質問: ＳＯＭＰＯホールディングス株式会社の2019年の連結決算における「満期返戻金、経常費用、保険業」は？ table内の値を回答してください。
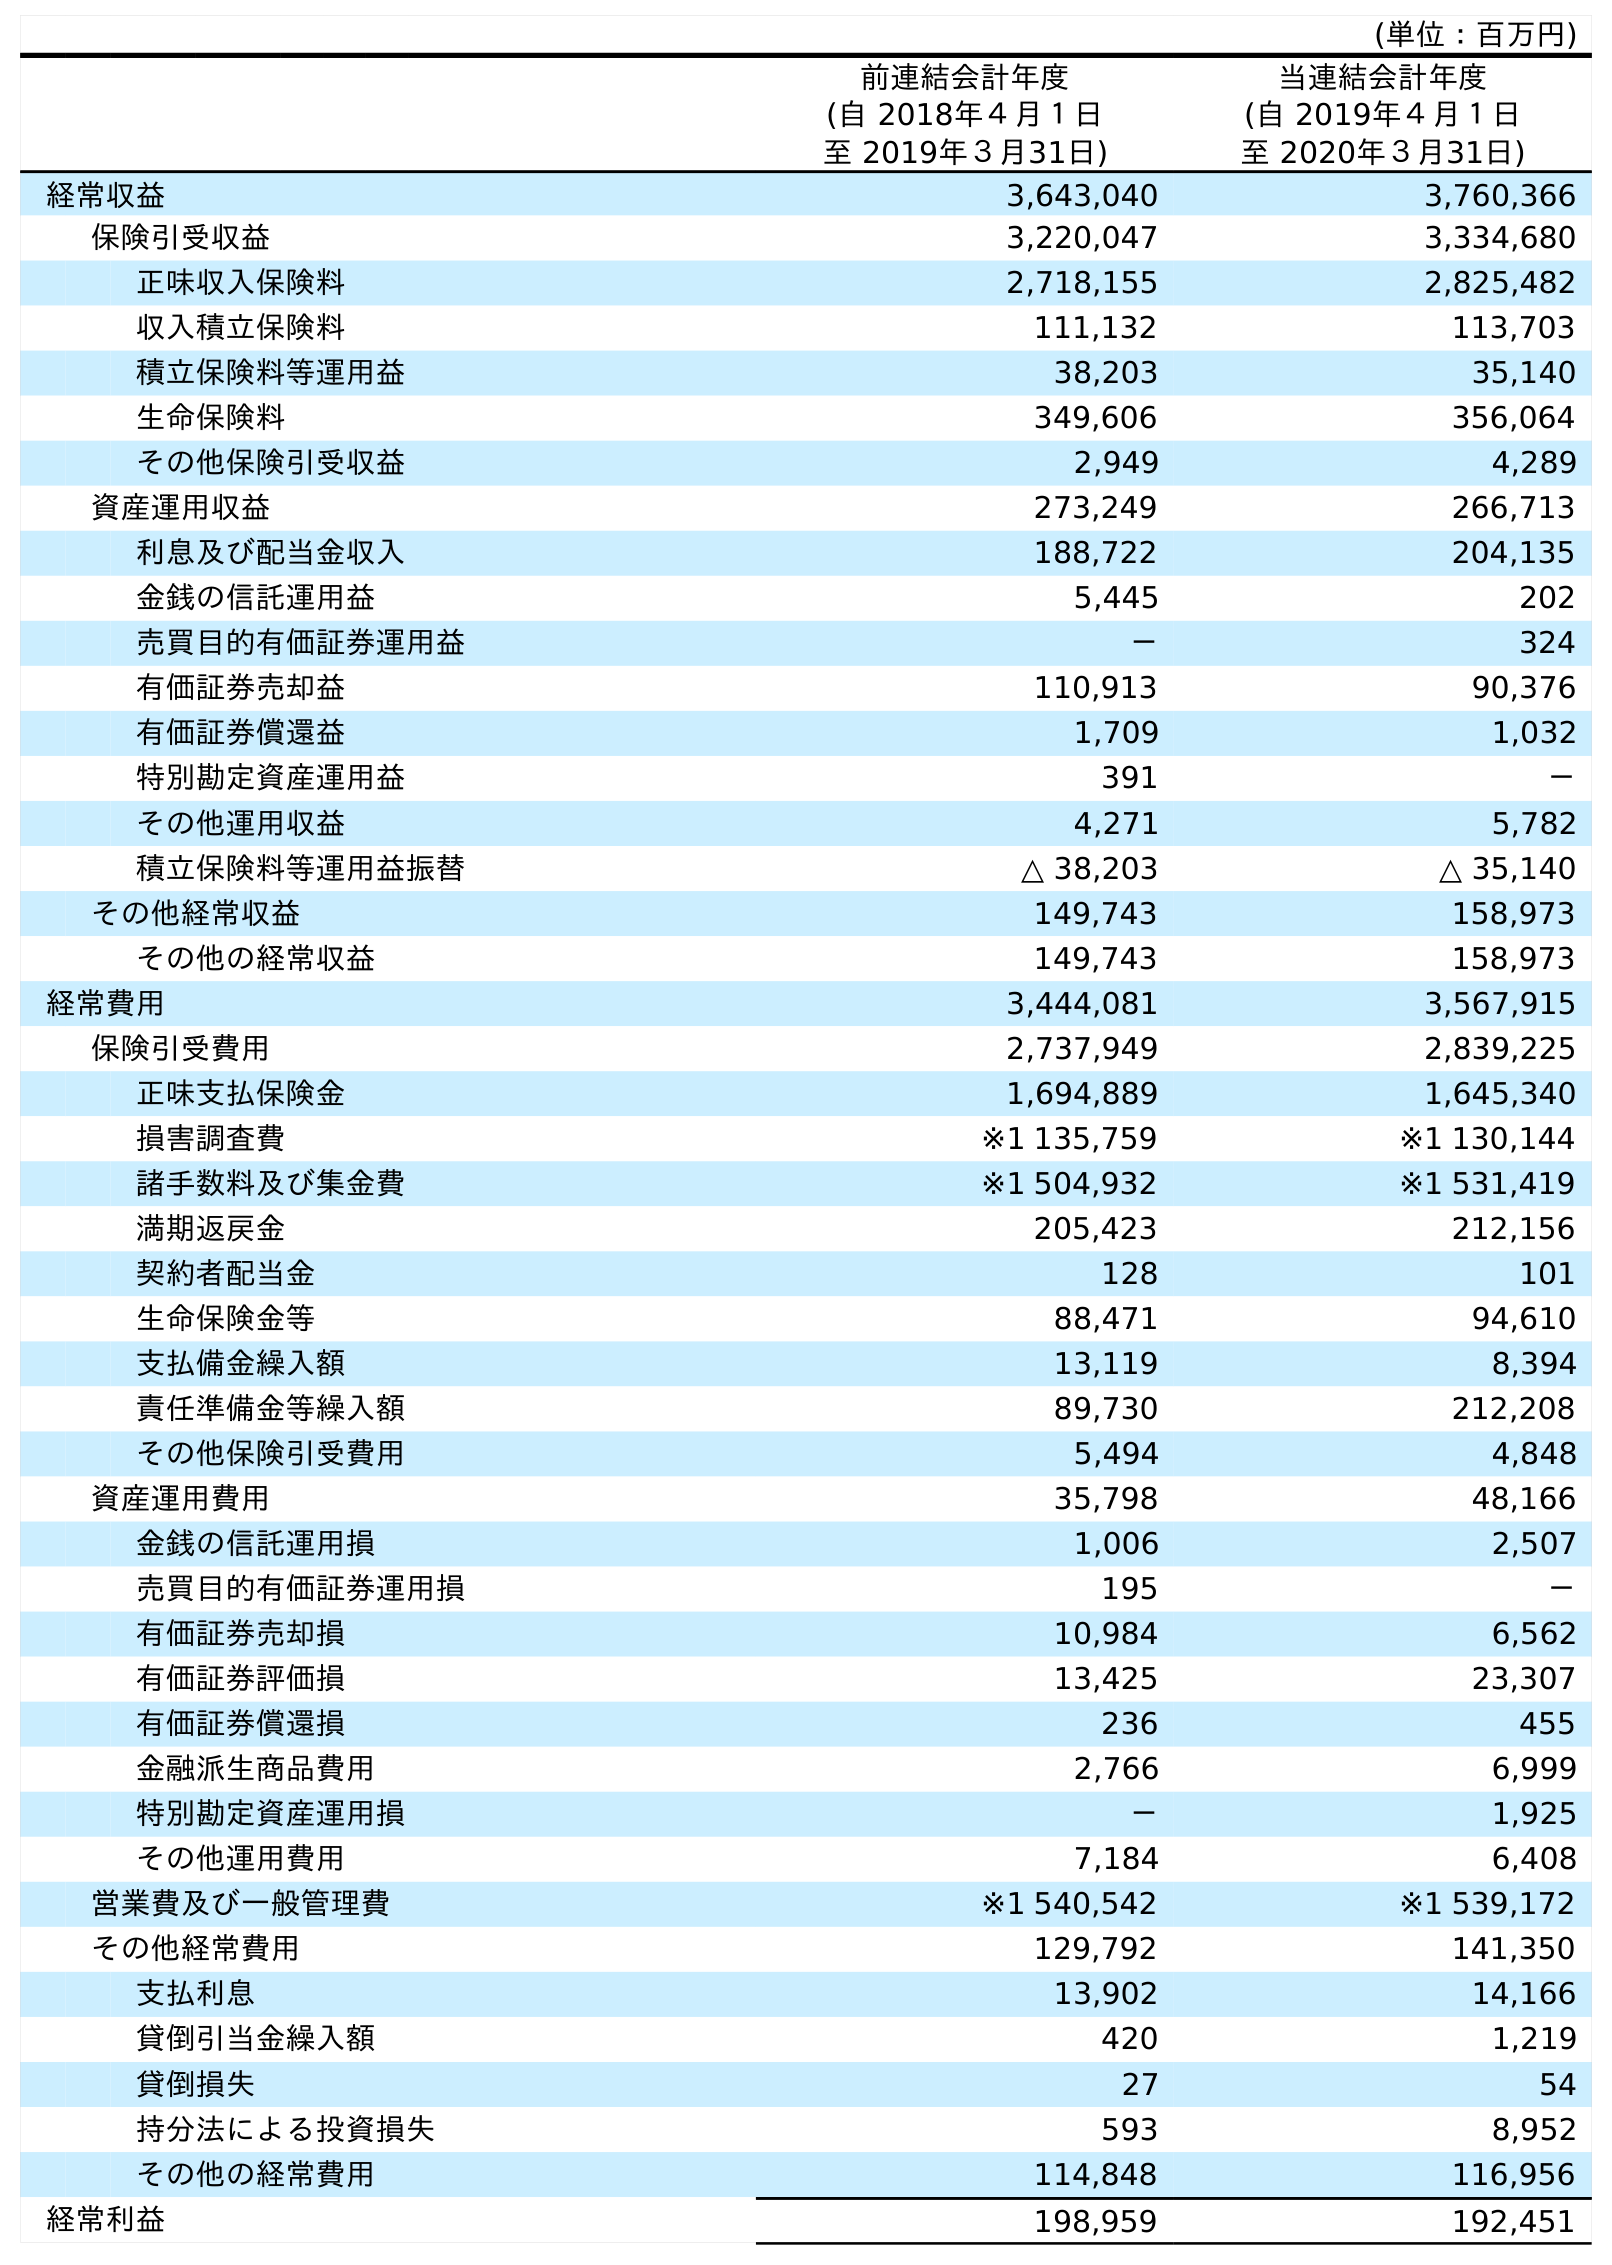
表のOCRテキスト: (単位：百万円) 前連結会計年度 (自 2018年４月１日 至 2019年３月31日) 当連結会計年度 (自 2019年４月１日 至 2020年３月31日) 経常収益 3,643,040 3,760,366 保険引受収益 3,220,047 3,334,680 正味収入保険料 2,718,155 2,825,482 収入積立保険料 111,132 113,703 積立保険料等運用益 38,203 35,140 生命保険料 349,606 356,064 その他保険引受収益 2,949 4,289 資産運用収益 273,249 266,713 利息及び配当金収入 188,722 204,135 金銭の信託運用益 5,445 202 売買目的有価証券運用益 － 324 有価証券売却益 110,913 90,376 有価証券償還益 1,709 1,032 特別勘定資産運用益 391 － その他運用収益 4,271 5,782 積立保険料等運用益振替 △ 38,203 △ 35,140 その他経常収益 149,743 158,973 その他の経常収益 149,743 158,973 経常費用 3,444,081 3,567,915 保険引受費用 2,737,949 2,839,225 正味支払保険金 1,694,889 1,645,340 損害調査費 ※1 135,759 ※1 130,144 諸手数料及び集金費 ※1 504,932 ※1 531,419 満期返戻金 205,423 212,156 契約者配当金 128 101 生命保険金等 88,471 94,610 支払備金繰入額 13,119 8,394 責任準備金等繰入額 89,730 212,208 その他保険引受費用 5,494 4,848 資産運用費用 35,798 48,166 金銭の信託運用損 1,006 2,507 売買目的有価証券運用損 195 － 有価証券売却損 10,984 6,562 有価証券評価損 13,425 23,307 有価証券償還損 236 455 金融派生商品費用 2,766 6,999 特別勘定資産運用損 － 1,925 その他運用費用 7,184 6,408 営業費及び一般管理費 ※1 540,542 ※1 539,172 その他経常費用 129,792 141,350 支払利息 13,902 14,166 貸倒引当金繰入額 420 1,219 貸倒損失 27 54 持分法による投資損失 593 8,952 その他の経常費用 114,848 116,956 経常利益 198,959 192,451
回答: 205,423